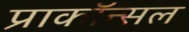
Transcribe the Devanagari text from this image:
प्राकॉन्सल